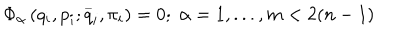
LaTeX: \Phi _ { \alpha } \left( q _ { i } , p _ { i } ; \stackrel { \_ } { q } _ { i } , \pi _ { i } \right) = 0 ; \; \alpha = 1 , . . . , m < 2 ( n - 1 )